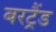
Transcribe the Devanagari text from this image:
बरट्रैंड